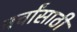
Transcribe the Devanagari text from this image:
चर्चांसाठी